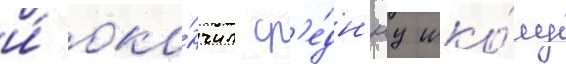
и́ око́нчил ср'е́дн'юу шко́лу